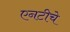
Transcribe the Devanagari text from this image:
एनटीचे